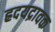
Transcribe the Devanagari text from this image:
ह्रदयद्रावक